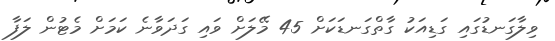
ވިލާގަނޑުގައި ގަޑިއަކު ގާތްގަނޑަކަށް 45 މޭލަށް ވައި ގަދަވާނެ ކަމަށް މެޓުން ލަފާ